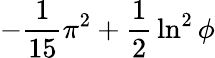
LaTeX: -{\frac{1}{15}}\pi^{2}+{\frac{1}{2}}\ln^{2}\phi